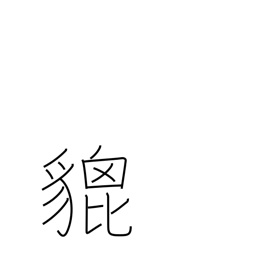
Meaning: brave heraldic beast